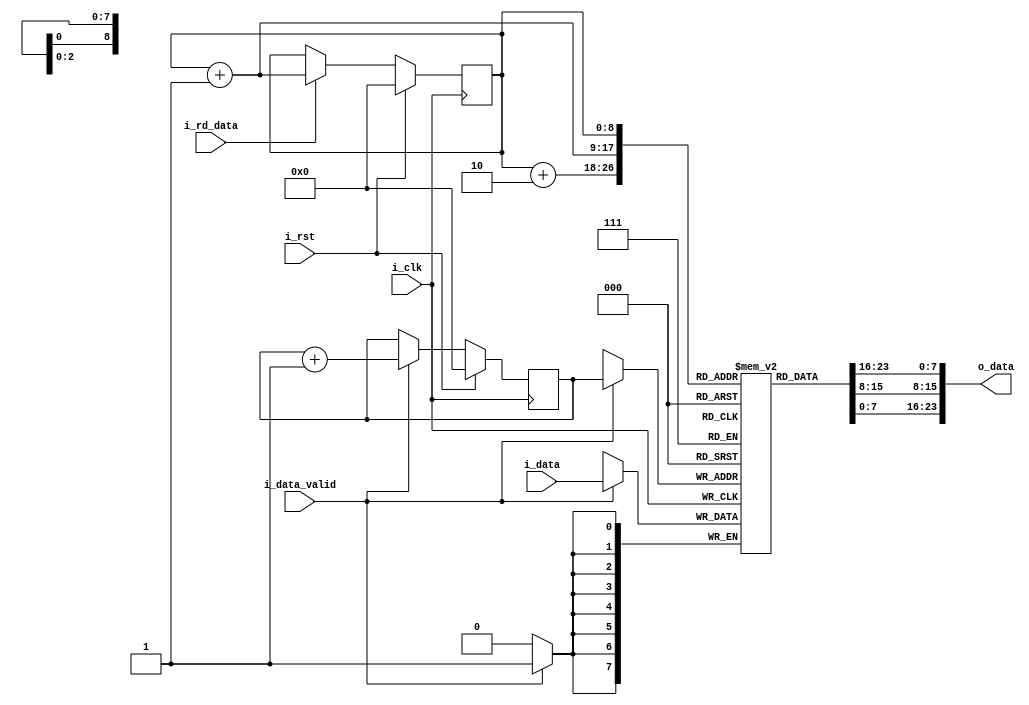
`timescale 1ns / 1ps

module lineBuffer(
input                  i_clk,
input                  i_rst,
input   [7:0]          i_data,
input                  i_data_valid,
input                  i_rd_data,
output  [23:0]         o_data
);

reg [7:0] line [511:0]; //line buffer
reg [8:0] wrPntr;
reg [8:0] rdPntr;

always @(posedge i_clk)
begin
    if(i_data_valid)
        line[wrPntr] <= i_data;
end

always @(posedge i_clk)
begin
    if(i_rst)
        wrPntr <= 'd0;
    else if(i_data_valid)
        wrPntr <= wrPntr+1;
end

assign o_data = {line[rdPntr],line[rdPntr+1],line[rdPntr+2]};

always @(posedge i_clk)
begin
    if(i_rst)
        rdPntr <= 'd0;
    else if(i_rd_data)
        rdPntr <= rdPntr + 'd1;
end


endmodule